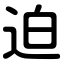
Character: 迫